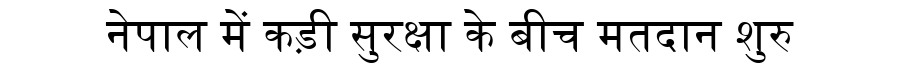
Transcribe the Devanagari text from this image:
नेपाल में कड़ी सुरक्षा के बीच मतदान शुरु